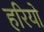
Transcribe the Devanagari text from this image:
हरियो